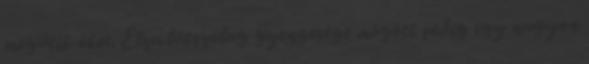
megütik őket. Elza látszólag gyengesége mögött pedig egy nagyon